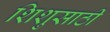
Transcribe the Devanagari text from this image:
शिशुसाठी